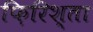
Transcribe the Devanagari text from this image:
फ़िरिश्ता